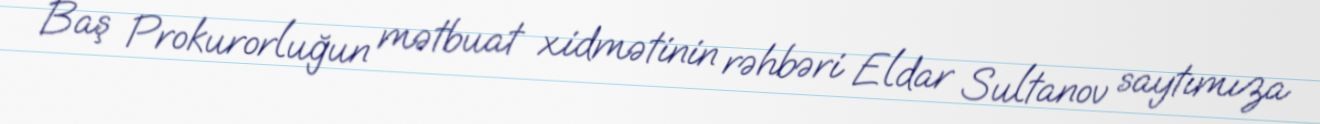
Baş Prokurorluğun mətbuat xidmətinin rəhbəri Eldar Sultanov saytımıza